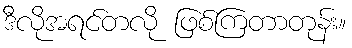
ဒီလိုအရင်တလို ဖြစ်ကြတာတုန်း။